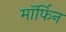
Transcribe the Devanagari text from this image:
माॅर्फिन